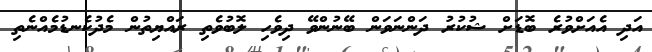
އަދި އެއަށްވުރެ ބޮޑަށް ޝުކުރު ދަންނަވަން ބޭނުންވޭ ދިވެހި ލޮބުވެތި ރައްޔިތުން މެދުކެނޑުމެއްނެތި